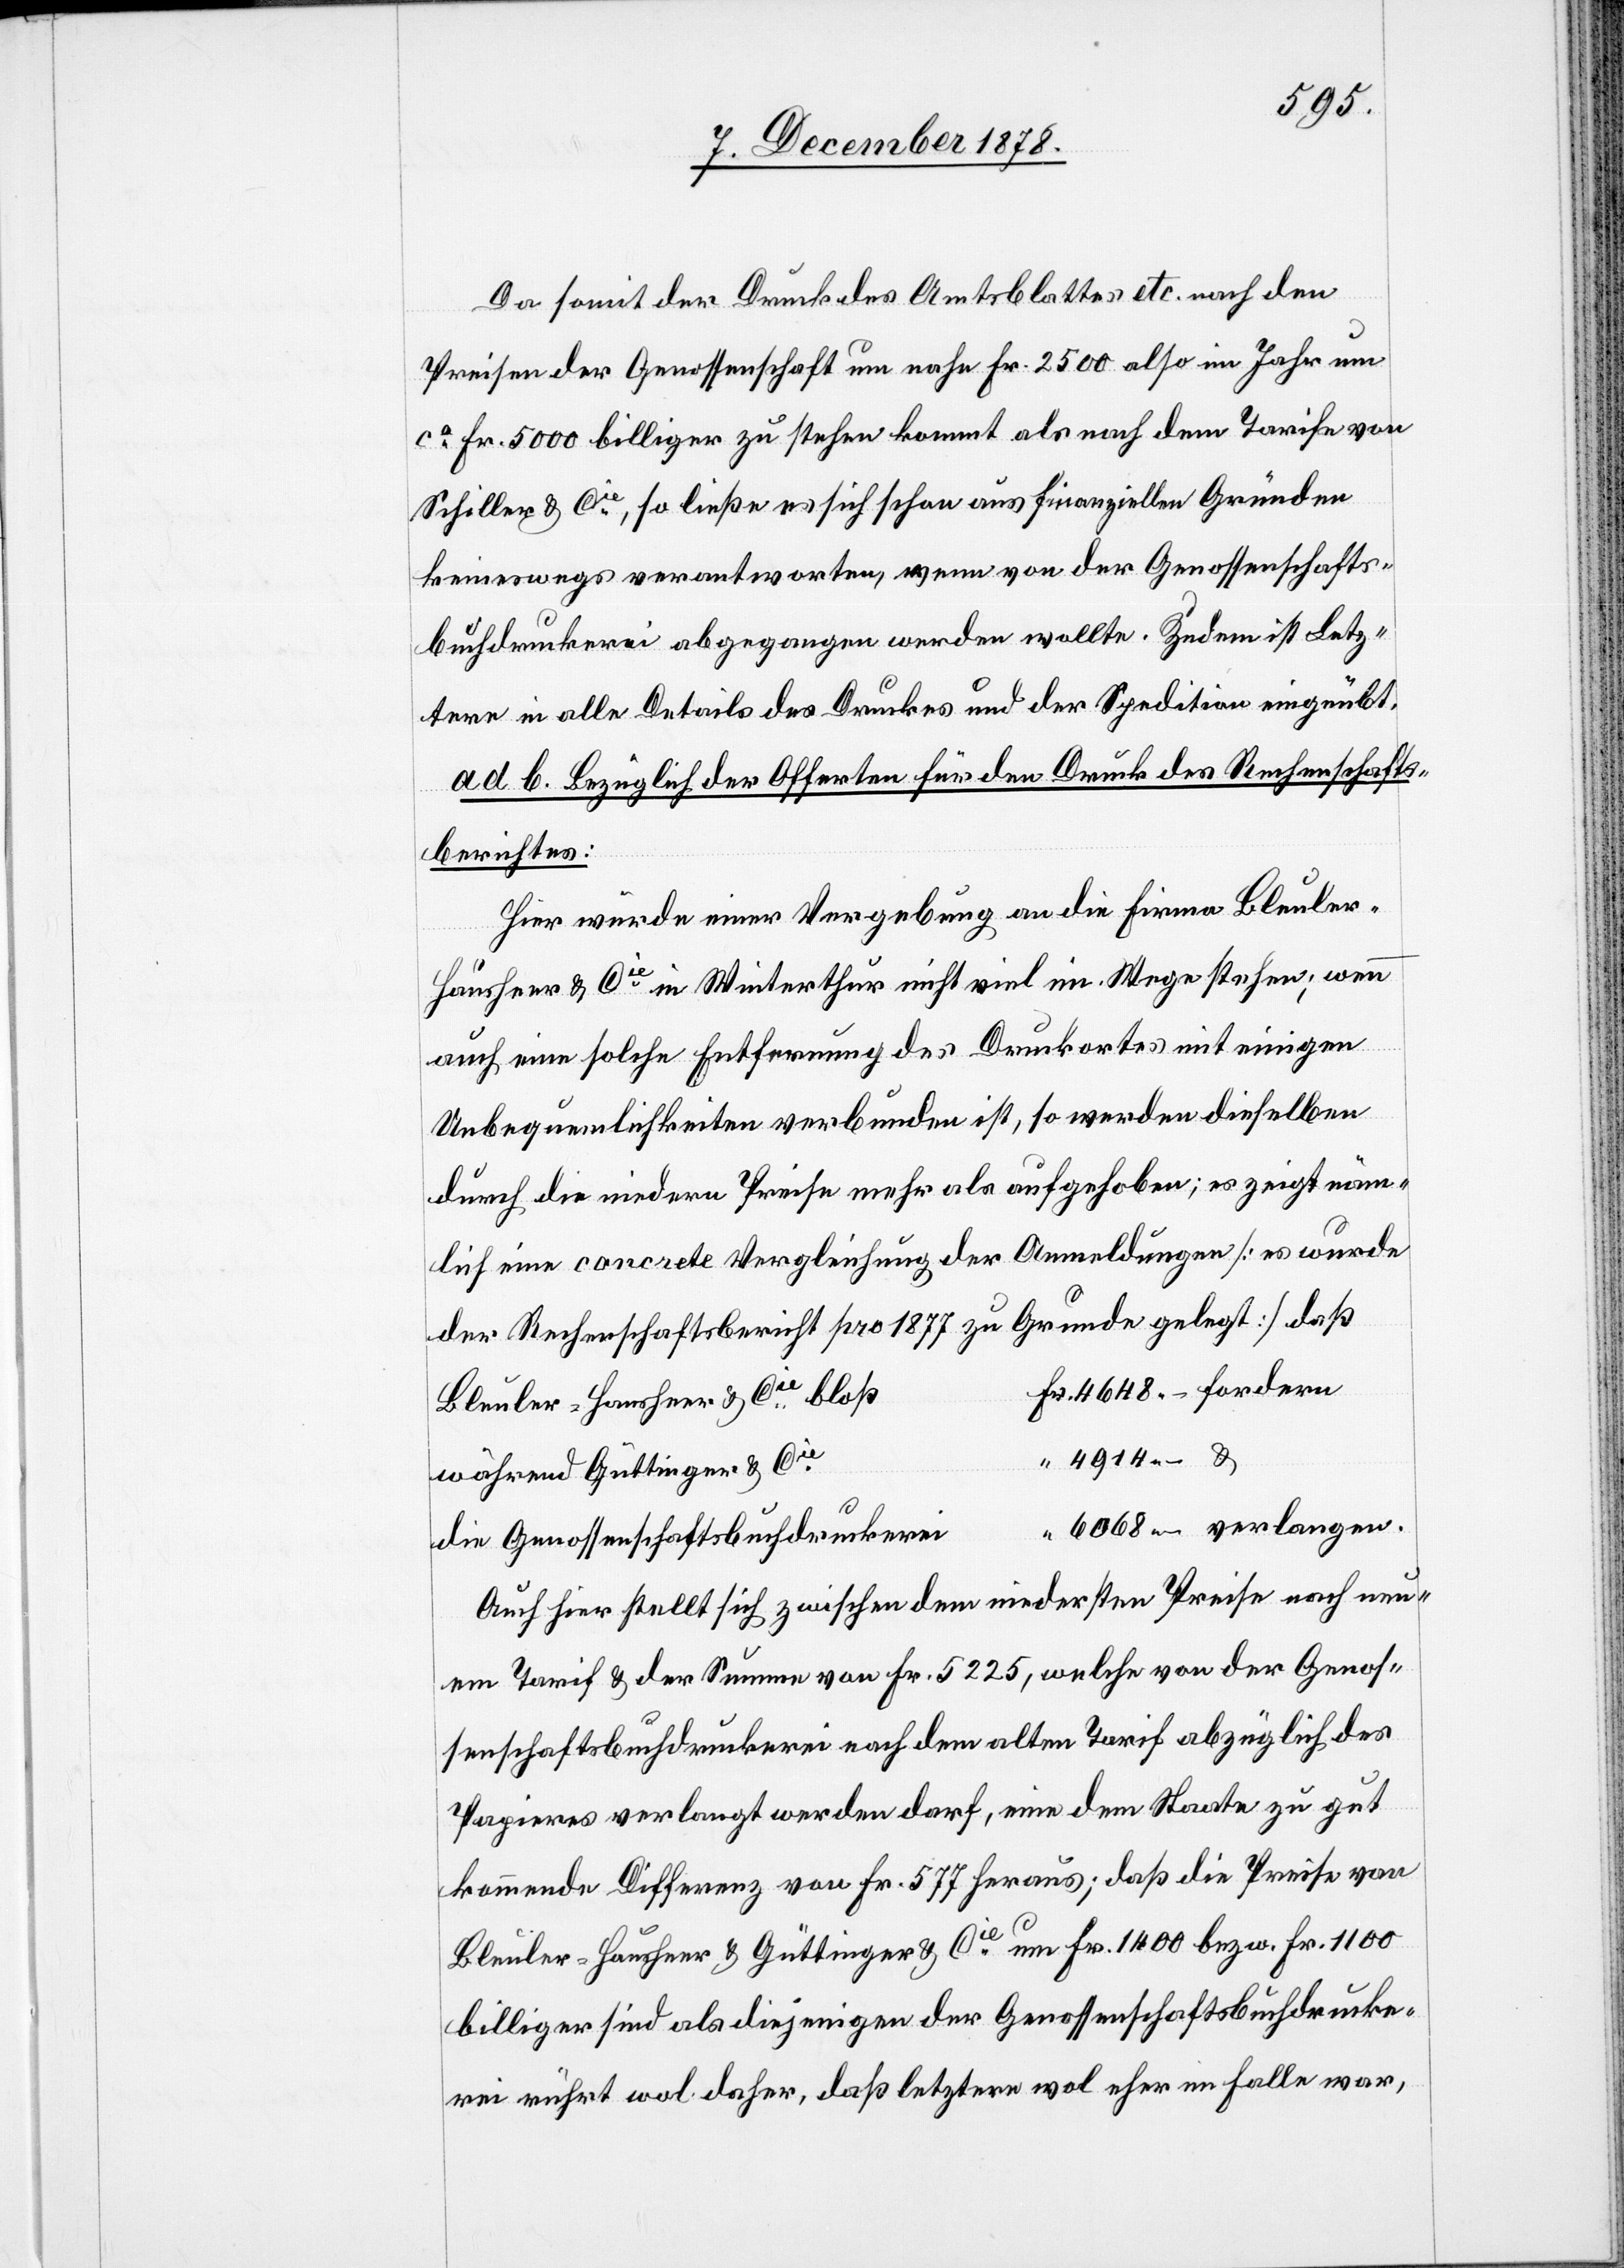
Da somit der Druck des Amtsblattes etc. nach den
Preisen der Genossenschaft um nahe Fr. 2500 also im Jahr um
ca Fr. 5000 billiger zu stehen kommt als nach dem Tarife von
Schiller & Cie, so ließe es sich schon aus finanziellen Gründen
keineswegs verantworten, wenn von der Genossenschafts¬
buchdruckerei abgegangen werden wollte. Zudem ist Letz¬
tere in alle Details des Druckes und der Spedition eingeübt.
ad b. Bezüglich der Offerten für den Druck des Rechenschafts¬
berichtes:
Hier würde einer Vergebung an die Firma Bleuler-H¬
ausheer & Cie in Winterthur nicht viel im Wege stehen; wenn
auch eine solche Entfernung des Druckortes mit einigen
Unbequemlichkeiten verbunden ist, so werden dieselben
durch die niedern Preise mehr als aufgehoben; es zeigt näm¬
lich eine concrete Vergleichung der Anmeldungen [es wurde
der Rechenschaftsbericht pro 1877 zu Grunde gelegt] daß
Bleuler-Hausheer & Cie bloß
während Güttinger & Cie
“
die Genossenschaftsbuchdruckerei
Auch hier stellt sich zwischen dem niedersten Preise nach neu¬
em Tarif & der Summe von Fr. 5225, welche von der Genos¬
senschaftsbuchdruckerei nach dem alten Tarif abzüglich des
Papieres verlangt werden darf, eine dem Staate zu gut
kommende Differenz von Fr. 577 heraus; daß die Preise von
Bleuler-Hausheer & Güttinger & Cie um Fr. 1400 bezw. Fr. 1100
billiger sind als diejenigen der Genosseschaftsbuchdrucke¬
rei rührt wol daher, daß letztere wol eher im Falle war,